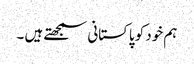
ہم خود کو پاکستانی سمجھتے ہیں ۔